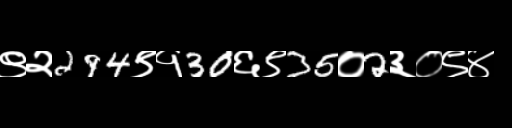
Text: ९२294९१30६९35०2३०९४